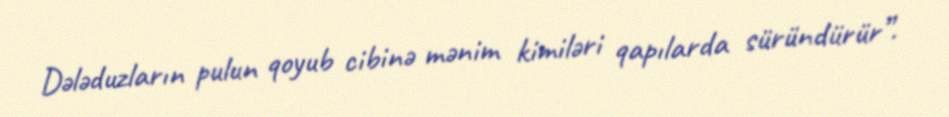
Dələduzların pulun qoyub cibinə mənim kimiləri qapılarda süründürür”.